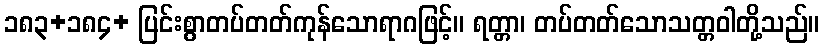
၁၈၃+၁၈၄+ ပြင်းစွာတပ်တတ်ကုန်သောရာဂဖြင့်။ ရတ္တာ၊ တပ်တတ်သောသတ္တဝါတို့သည်။